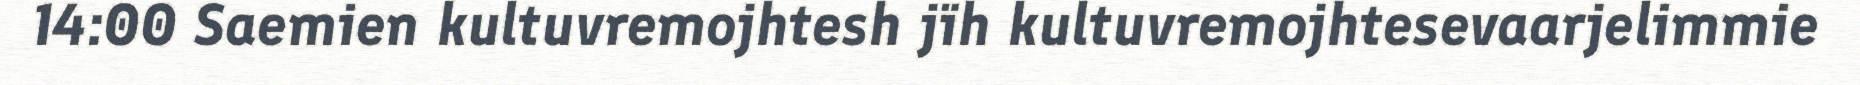
14:00 Saemien kultuvremojhtesh jïh kultuvremojhtesevaarjelimmie